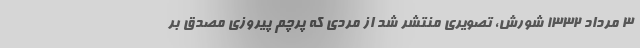
۳ مرداد ۱۳۳۲ شورش، تصویری منتشر شد از مردی که پرچم پیروزی مصدق بر